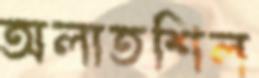
অলাতশিল